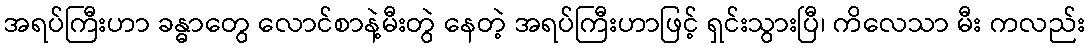
အရပ်ကြီးဟာ ခန္ဓာတွေ လောင်စာနဲ့မီးတွဲ နေတဲ့ အရပ်ကြီးဟာဖြင့် ရှင်းသွားပြီ၊ ကိလေသာ မီး ကလည်း